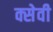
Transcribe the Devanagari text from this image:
क्सेवी